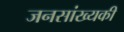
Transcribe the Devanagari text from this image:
जनसांख्यकी